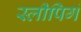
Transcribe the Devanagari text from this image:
स्लीपिगं